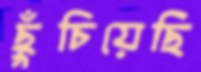
ছুঁচিয়েছি